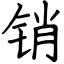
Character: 销